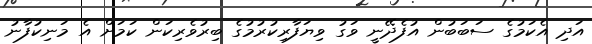
އަދި އެކަމުގެ ސަބަބުން އުފެދޭނީ ވަގު ވިޔަފާރިކުރުމުގެ ބިރުވެރިކަން ކަމަށް އެ މަނިކުފާނު